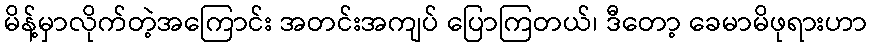
မိန့်မှာလိုက်တဲ့အကြောင်း အတင်းအကျပ် ပြောကြတယ်၊ ဒီတော့ ခေမာမိဖုရားဟာ